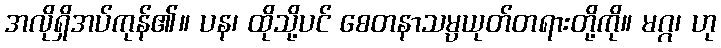
အလိုရှိအပ်ကုန်၏။ ပန၊ ထိုသို့ပင် စေတနာသမ္ပယုတ်တရားတို့ကို။ မဂ္ဂ၊ ဟု